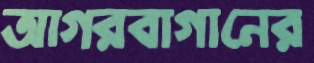
আগরবাগানের